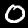
Digit: 0